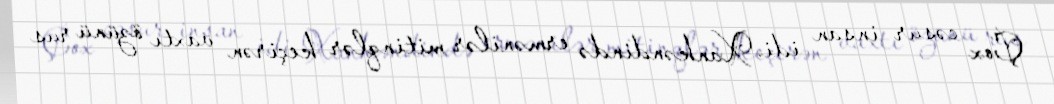
Çox cəsur insan idi. Xankəndində ermənilər mitinqlər keçirən vaxtı özünü rus